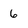
Character: 6